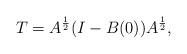
LaTeX: \begin{align*}T = A^{\frac 12}(I-B(0))A^{\frac 12},\end{align*}